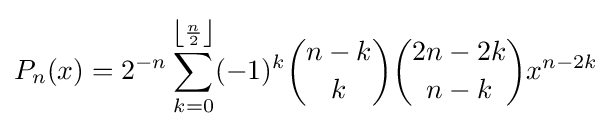
P_{n}(x)=2^{-n}\sum _{k=0}^{\left\lfloor {\frac {n}{2}}\right\rfloor }(-1)^{k}{n-k \choose k}{2n-2k \choose n-k}x^{n-2k}